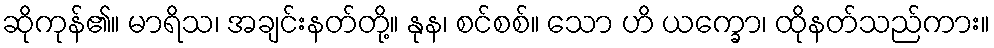
ဆိုကုန်၏။ မာရိသ၊ အချင်းနတ်တို့။ နုန၊ စင်စစ်။ သော ဟိ ယက္ခော၊ ထိုနတ်သည်ကား။